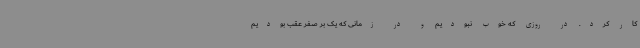
کار کرد. در روزی که خوب نبودیم و در زمانی که یک بر صفر عقب بودیم